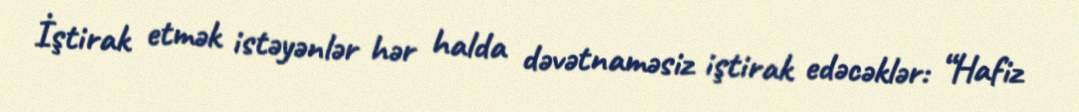
İştirak etmək istəyənlər hər halda dəvətnaməsiz iştirak edəcəklər: “Hafiz